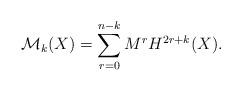
LaTeX: \begin{align*}\mathcal M_k(X)=\sum_{r=0}^{n-k} M^{r}H^{2r+k}(X).\end{align*}